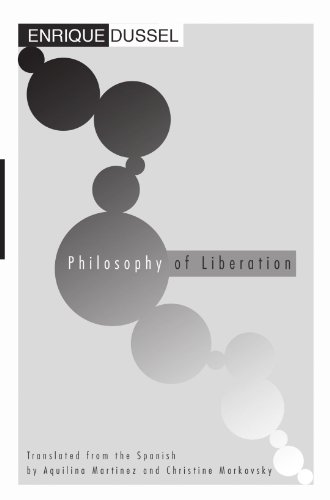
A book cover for Philosophy of Liberation:; Enrique Dussel; Christian Books & Bibles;